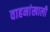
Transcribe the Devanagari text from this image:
वाहनांखाली